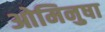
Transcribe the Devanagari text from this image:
ओमिनुषा